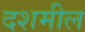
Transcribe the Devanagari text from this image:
दशमील